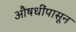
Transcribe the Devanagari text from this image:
औषधींपासून